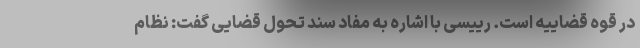
در قوه قضاییه است. رییسی با اشاره به مفاد سند تحول قضایی گفت: نظام